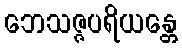
ဘေသဇ္ဇပရိယန္တေ